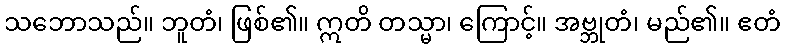
သဘောသည်။ ဘူတံ၊ ဖြစ်၏။ ဣတိ တသ္မာ၊ ကြောင့်။ အဗ္ဘုတံ၊ မည်၏။ ဧတံ